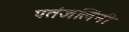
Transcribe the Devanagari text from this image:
पतंजलिंनी